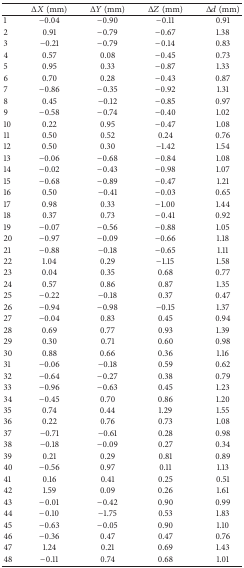
<table><thead><tr><td><b> </b></td><td><b>Δ<i>X</i> (mm)</b></td><td><b>Δ<i>Y</i> (mm)</b></td><td><b>Δ<i>Z</i> (mm)</b></td><td><b>Δ<i>d</i> (mm)</b></td></tr></thead><tbody><tr><td>1</td><td>−0.04 </td><td>−0.90 </td><td>−0.11 </td><td>0.91 </td></tr><tr><td>2</td><td>0.91 </td><td>−0.79 </td><td>−0.67 </td><td>1.38 </td></tr><tr><td>3</td><td>−0.21 </td><td>−0.79 </td><td>−0.14 </td><td>0.83 </td></tr><tr><td>4</td><td>0.57 </td><td>0.08 </td><td>−0.45 </td><td>0.73 </td></tr><tr><td>5</td><td>0.95 </td><td>0.33 </td><td>−0.87 </td><td>1.33 </td></tr><tr><td>6</td><td>0.70 </td><td>0.28 </td><td>−0.43 </td><td>0.87 </td></tr><tr><td>7</td><td>−0.86 </td><td>−0.35 </td><td>−0.92 </td><td>1.31 </td></tr><tr><td>8</td><td>0.45 </td><td>−0.12 </td><td>−0.85 </td><td>0.97 </td></tr><tr><td>9</td><td>−0.58 </td><td>−0.74 </td><td>−0.40 </td><td>1.02 </td></tr><tr><td>10</td><td>0.22 </td><td>0.95 </td><td>−0.47 </td><td>1.08 </td></tr><tr><td>11</td><td>0.50 </td><td>0.52 </td><td>0.24 </td><td>0.76 </td></tr><tr><td>12</td><td>0.50 </td><td>0.30 </td><td>−1.42 </td><td>1.54 </td></tr><tr><td>13</td><td>−0.06 </td><td>−0.68 </td><td>−0.84 </td><td>1.08 </td></tr><tr><td>14</td><td>−0.02 </td><td>−0.43 </td><td>−0.98 </td><td>1.07 </td></tr><tr><td>15</td><td>−0.68 </td><td>−0.89 </td><td>−0.47 </td><td>1.21 </td></tr><tr><td>16</td><td>0.50 </td><td>−0.41 </td><td>−0.03 </td><td>0.65 </td></tr><tr><td>17</td><td>0.98 </td><td>0.33 </td><td>−1.00 </td><td>1.44 </td></tr><tr><td>18</td><td>0.37 </td><td>0.73 </td><td>−0.41 </td><td>0.92 </td></tr><tr><td>19</td><td>−0.07 </td><td>−0.56 </td><td>−0.88 </td><td>1.05 </td></tr><tr><td>20</td><td>−0.97 </td><td>−0.09 </td><td>−0.66 </td><td>1.18 </td></tr><tr><td>21</td><td>−0.88 </td><td>−0.18 </td><td>−0.65 </td><td>1.11 </td></tr><tr><td>22</td><td>1.04 </td><td>0.29 </td><td>−1.15 </td><td>1.58 </td></tr><tr><td>23</td><td>0.04 </td><td>0.35 </td><td>0.68 </td><td>0.77 </td></tr><tr><td>24</td><td>0.57 </td><td>0.86 </td><td>0.87 </td><td>1.35 </td></tr><tr><td>25</td><td>−0.22 </td><td>−0.18 </td><td>0.37 </td><td>0.47 </td></tr><tr><td>26</td><td>−0.94 </td><td>−0.98 </td><td>−0.15 </td><td>1.37 </td></tr><tr><td>27</td><td>−0.04 </td><td>0.83 </td><td>0.45 </td><td>0.94 </td></tr><tr><td>28</td><td>0.69 </td><td>0.77 </td><td>0.93 </td><td>1.39 </td></tr><tr><td>29</td><td>0.30 </td><td>0.71 </td><td>0.60 </td><td>0.98 </td></tr><tr><td>30</td><td>0.88 </td><td>0.66 </td><td>0.36 </td><td>1.16 </td></tr><tr><td>31</td><td>−0.06 </td><td>−0.18 </td><td>0.59 </td><td>0.62 </td></tr><tr><td>32</td><td>−0.64 </td><td>−0.27 </td><td>0.38 </td><td>0.79 </td></tr><tr><td>33</td><td>−0.96 </td><td>−0.63 </td><td>0.45 </td><td>1.23 </td></tr><tr><td>34</td><td>−0.45 </td><td>0.70 </td><td>0.86 </td><td>1.20 </td></tr><tr><td>35</td><td>0.74 </td><td>0.44 </td><td>1.29 </td><td>1.55 </td></tr><tr><td>36</td><td>0.22 </td><td>0.76 </td><td>0.73 </td><td>1.08 </td></tr><tr><td>37</td><td>−0.71 </td><td>−0.61 </td><td>0.28 </td><td>0.98 </td></tr><tr><td>38</td><td>−0.18 </td><td>−0.09 </td><td>0.27 </td><td>0.34 </td></tr><tr><td>39</td><td>0.21 </td><td>0.29 </td><td>0.81 </td><td>0.89 </td></tr><tr><td>40</td><td>−0.56 </td><td>0.97 </td><td>0.11 </td><td>1.13 </td></tr><tr><td>41</td><td>0.16 </td><td>0.41 </td><td>0.25 </td><td>0.51 </td></tr><tr><td>42</td><td>1.59 </td><td>0.09 </td><td>0.26 </td><td>1.61 </td></tr><tr><td>43</td><td>−0.01 </td><td>−0.42 </td><td>0.90 </td><td>0.99 </td></tr><tr><td>44</td><td>−0.10 </td><td>−1.75 </td><td>0.53 </td><td>1.83 </td></tr><tr><td>45</td><td>−0.63 </td><td>−0.05 </td><td>0.90 </td><td>1.10 </td></tr><tr><td>46</td><td>−0.36 </td><td>0.47 </td><td>0.47 </td><td>0.76 </td></tr><tr><td>47</td><td>1.24 </td><td>0.21 </td><td>0.69 </td><td>1.43 </td></tr><tr><td>48</td><td>−0.11 </td><td>0.74 </td><td>0.68 </td><td>1.01 </td></tr></tbody></table>